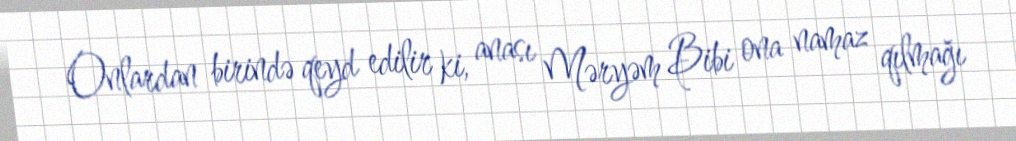
Onlardan birində qeyd edilir ki, anası Məryəm Bibi ona namaz qılmağı